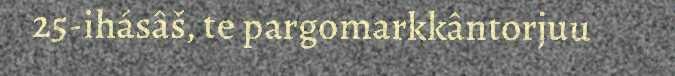
25-ihásâš, te pargomarkkântorjuu